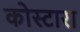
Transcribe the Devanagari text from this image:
कोस्‍टारा